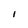
Character: I